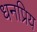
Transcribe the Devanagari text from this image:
धनप्रिय